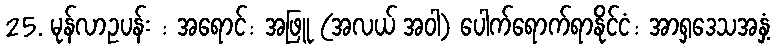
25. မုန်လာဥပန်း : အရောင်: အဖြူ (အလယ် အဝါ) ပေါက်ရောက်ရာနိုင်ငံ: အာရှဒေသအနှံ့